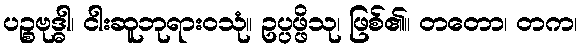
ပဉ္စဗုဒ္ဓါ၊ ငါးဆူဘုရားဝသုံ။ ဥပ္ပဖ္ဖိသု၊ ဖြစ်၏။ တတော၊ တက၊